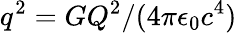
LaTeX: q^{2}=GQ^{2}/(4\pi\epsilon_{0}c^{4})